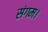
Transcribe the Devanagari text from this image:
संगम।